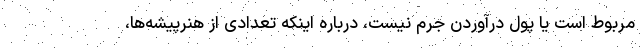
مربوط است یا پول درآوردن جرم نیست، درباره اینکه تعدادی از هنرپیشه‌ها،